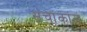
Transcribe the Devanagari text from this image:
संचांकांस